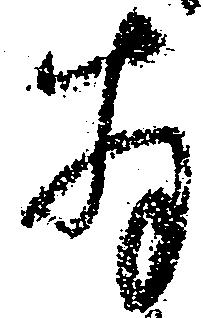
存